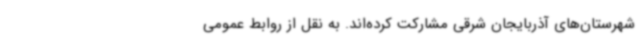
شهرستان‌های آذربایجان شرقی مشارکت کرده‌اند. به نقل از روابط عمومی